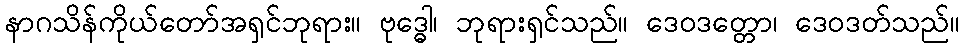
နာဂသိန်ကိုယ်တော်အရှင်ဘုရား။ ဗုဒ္ဓေါ၊ ဘုရားရှင်သည်။ ဒေဝဒတ္တော၊ ဒေဝဒတ်သည်။